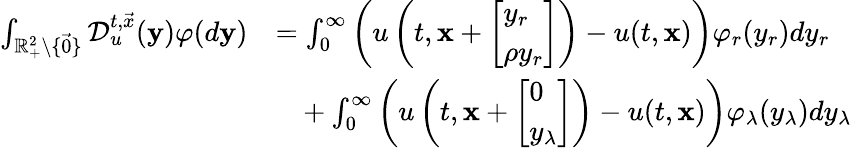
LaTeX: \begin{array}{rl}{\int_{{\mathbb R}_{+}^{2}\setminus\{ \vec{0}\} }\mathcal{D}_{u}^{t,\vec{x}}(\mathbf{y})\varphi(d\mathbf{y})}&{=\int_{0}^{\infty}\left(u\left(t,\mathbf{x}+\left[\begin{array}{l}{y_{r}}\\ {\rho y_{r}}\end{array}\right]\right)-u(t,\mathbf{x})\right)\varphi_{r}(y_{r})dy_{r}}\\ &{\ \ \ +\int_{0}^{\infty}\left(u\left(t,\mathbf{x}+\left[\begin{array}{l}{0}\\ {y_{\lambda}}\end{array}\right]\right)-u(t,\mathbf{x})\right)\varphi_{\lambda}(y_{\lambda})dy_{\lambda}}\end{array}